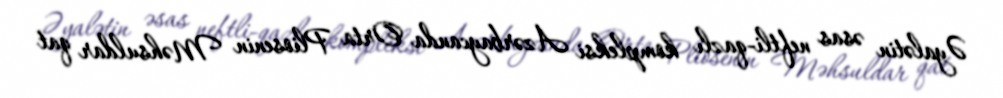
Əyalətin əsas neftli-qazlı kompleksi Azərbaycanda Orta Pliosenin Məhsuldar qat